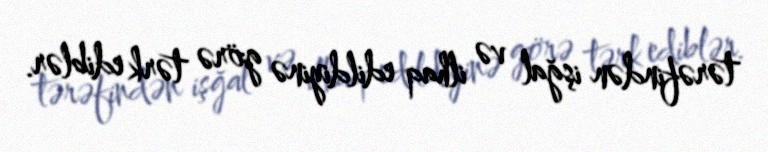
tərəfindən işğal və ilhaq edildiyinə görə tərk ediblər.